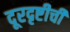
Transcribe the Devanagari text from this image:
दूरदृष्टीची